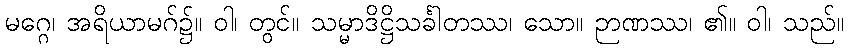
မဂ္ဂေ၊ အရိယာမဂ်၌။ ဝါ၊ တွင်။ သမ္မာဒိဋ္ဌိသင်္ခါတဿ၊ သော။ ဉာဏဿ၊ ၏။ ဝါ၊ သည်။